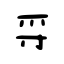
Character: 寽